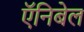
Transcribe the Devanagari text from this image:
ऍनिबेल